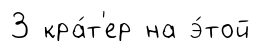
3 кра́т'ер на э́той